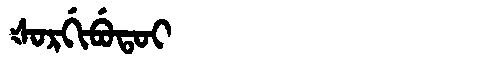
Manchu: ᡧᠣᡵᡤᡳᠪᡠᡨᠣᡳ
Romanization: ŠORGIBUTOI